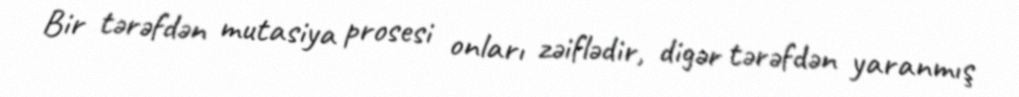
Bir tərəfdən mutasiya prosesi onları zəiflədir, digər tərəfdən yaranmış